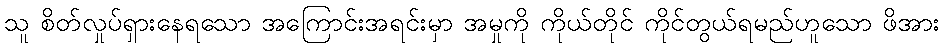
သူ စိတ်လှုပ်ရှားနေရသော အကြောင်းအရင်းမှာ အမှုကို ကိုယ်တိုင် ကိုင်တွယ်ရမည်ဟူသော ဖိအား